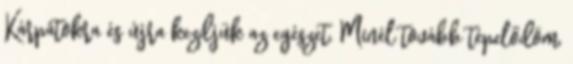
Kárpátokra és újra kezdjük az egészet. Minél tovább tépelődöm,